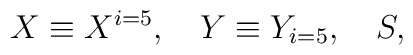
X \equiv X^{i=5}, \quad Y \equiv Y_{i=5}, \quad S,